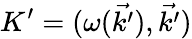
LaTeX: K^{\prime}=(\omega({\vec{k^{\prime}}}),{\vec{k^{\prime}}})